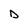
Character: D